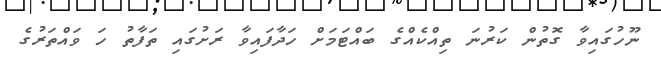
ނޫހުގައިވާ ގޮތުން ކަރުނަ ތިއްކެއްގެ ބައްޓަމަށް ހަދާފައިވާ ރަށުގައި ތަފާތު ހަ ވައްތަރުގެ